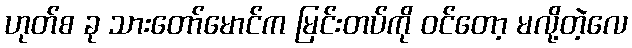
ဟုတ်စ ခု သားတော်မောင်က မြင်းတပ်ကို ဝင်တော့ မလို့တဲ့လေ